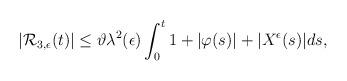
LaTeX: \begin{align*}\begin{aligned}|\mathcal{R}_{3,\epsilon}(t)|&\leq\vartheta\lambda^{2}(\epsilon)\int_0^t1+|\varphi(s)|+|{X}^{\epsilon}(s)|ds,\end{aligned}\end{align*}